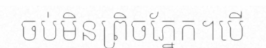
ចប់មិនព្រិចភ្នែក។បើ